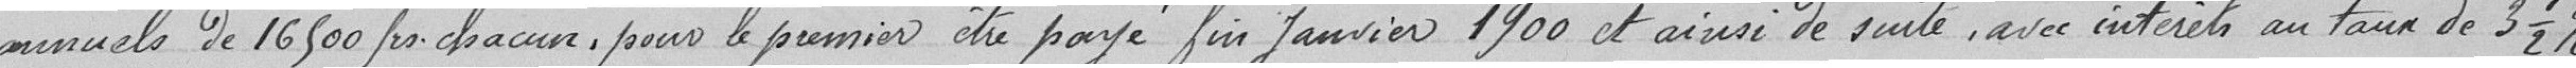
annuels de 16500 frs chacun, pour le premier être payé fin janvier 1900 et ainsi de suite, avec intérêts au taux de 3 1/2 %